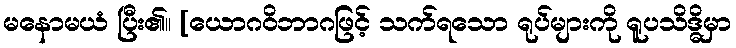
မနောမယံ ပြီး၏။ [ယောဂဝိဘာဂဖြင့် သက်ရသော ရုပ်များကို ရူပသိဒ္ဓိမှာ